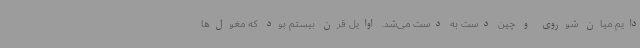
دایم میان شوروی و چین دست به دست می‌شد. اوایل قرن بیستم بود که مغول‌ها